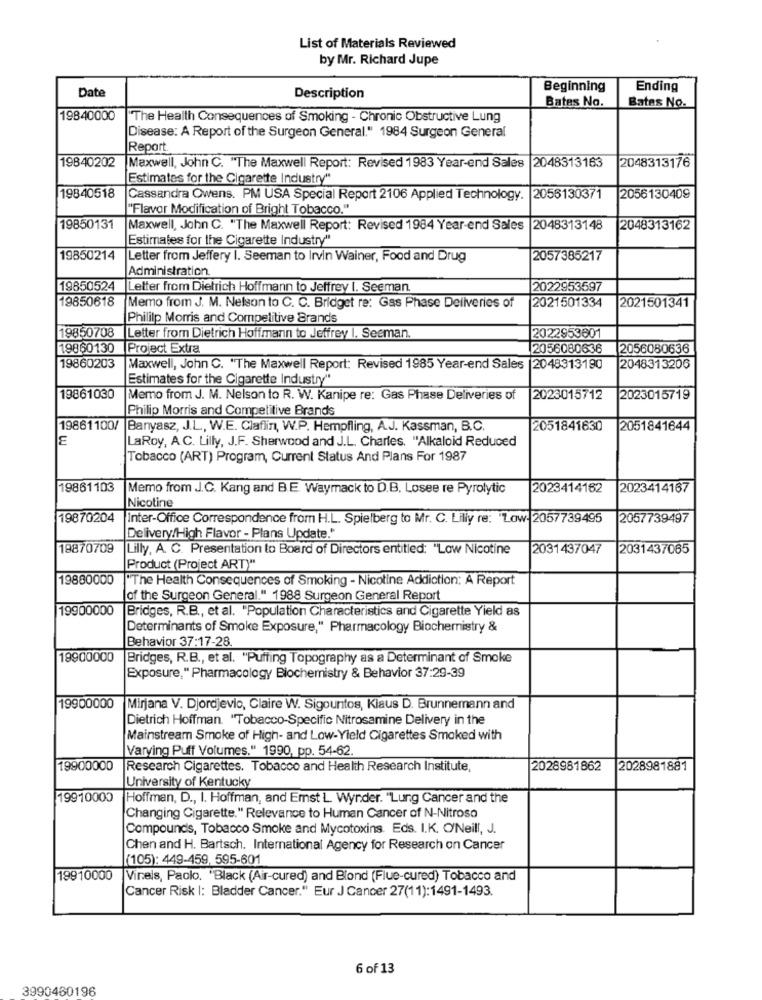
List of Materials Reviewed
by Mr. Richard Jupe
Beginning
Ending
Date
Description
Bates No.
Bates No.
19840000
"The Health Consequences of Smoking - Chronic Obstructive Lung
Disease: A Report of the Surgeon General." 1984 Surgeon General
Report
19840202
2048313176
Maxwell, John C. "The Maxwell Report: Revised 1983 Year-end Sales |2048313163
Estimates for the Cigarette Industry"
19840518
Cassandra Owens. PM USA Special Report 2106 Applied Technology. 2056130371
2056130409
"Flavor Modification of Bright Tobacco."
19850131
Maxwell, John C. "The Maxwell Report: Revised 1984 Year-end Sales |2048313148
2048313162
Estimates for the Cigarette Industry"
19850214
Letter from Jeffery I. Seeman to Irvin Wainer, Food and Drug
2057385217
Administration
19850524
Letter from Dietrich Hoffmann to Jeffrey I. Seeman.
2022953597
19850618
Memo from J. M. Nelson to C. C. Bridget re: Gas Phase Deliveries of
2021501334
2021501341
Philip Morris and Competitive Brands
19850708
Letter from Dietrich Hoffmann to Jeffrey I. Seeman.
2022953601
19860130
Project Extra
2056080636
2056080636
19860203
Maxwell, John C. "The Maxwell Report: Revised 1985 Year-end Sales |2048313190
2048313206
Estimates for the Cigarette Industry"
19861030
Memo from J. M. Nelson to R. W. Kanipe re: Gas Phase Deliveries of
2023015712
2023015719
Philip Morris and Competitive Brands
19861100/ Banyasz, J.L ., W.E. Claflin, W.P. Hempfling, A.J. Kassman, B.C.
2051841630
2051841644
E
LaRoy, A.C. Lilly, J.F. Sherwood and J.L. Charles. "Alkaloid Reduced
Tobacco (ART) Program, Current Status And Plans For 1987
19861103
Memo from J.C. Kang and B.E. Waymack to D.B. Losee re Pyrolytic
2023414162
2023414167
Nicotine
19870204
Inter-Office Correspondence from H.L. Spielberg to Mr. C. Lilly re: Low- 2057739495
2057739497
Delivery/High Flavor - Plans Update."
19870709
Lilly, A. C. Presentation to Board of Directors entitled: "Low Nicotine
2031437047
2031437065
Product (Project ART)"
19880000
"The Health Consequences of Smoking - Nicotine Addiction: A Report
of the Surgeon General." 1988 Surgeon General Report
19900000
Bridges, R.B ., et al. "Population Characteristics and Cigarette Yield as
Determinants of Smoke Exposure," Pharmacology Biochemistry &
Behavior 37:17-28.
19900000
Bridges, R.B ., et al. "Puffing Topography as a Determinant of Smoke
Exposure," Pharmacology Biochemistry & Behavior 37:29-39
19900000
Mirjana V. Djordjevic, Claire W. Sigountos, Klaus D. Brunnemann and
Dietrich Hoffman. "Tobacco-Specific Nitrosamine Delivery in the
Mainstream Smoke of High- and Low-Yield Cigarettes Smoked with
Varying Puff Volumes." 1990, pp. 54-62.
19900000
Research Cigarettes. Tobacco and Health Research Institute,
2028981862
2028981881
University of Kentucky
19910000
Hoffman, D ., I. Hoffman, and Emst L. Wynder. "Lung Cancer and the
Changing Cigarette." Relevance to Human Cancer of N-Nitroso
Compounds, Tobacco Smoke and Mycotoxins. Eds. I.K. O'Neill, J.
Chen and H. Bartsch. International Agency for Research on Cancer
(105): 449-459, 595-601
19910000
Vineis, Paolo. "Black (Air-cured) and Blond (Flue-cured) Tobacco and
Cancer Risk |: Bladder Cancer." Eur J Cancer 27(11):1491-1493.
6 of 13
3990460196